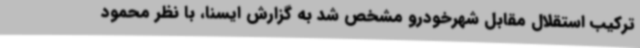
ترکیب استقلال مقابل شهرخودرو مشخص شد به گزارش ایسنا، با نظر محمود